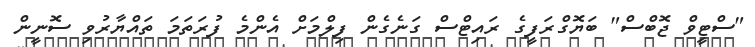
"ސްޓީވް ޖޮބްސް" ބަޔޮގްރަފީގެ ރައިޓްސް ގަނެގެން ފިލްމަށް އެންމެ ފުރަތަމަ ތައްޔާރުވި ސޮނީން